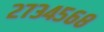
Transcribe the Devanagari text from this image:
२७३४५६८